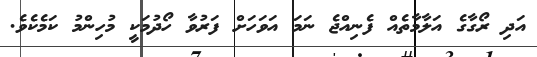
އަދި ރޯގާގެ އަލާމާތެއް ފެނިއްޖެ ނަމަ އަވަހަށް ފަރުވާ ހޯދުމަކީ މުހިންމު ކަމެކެވެ.